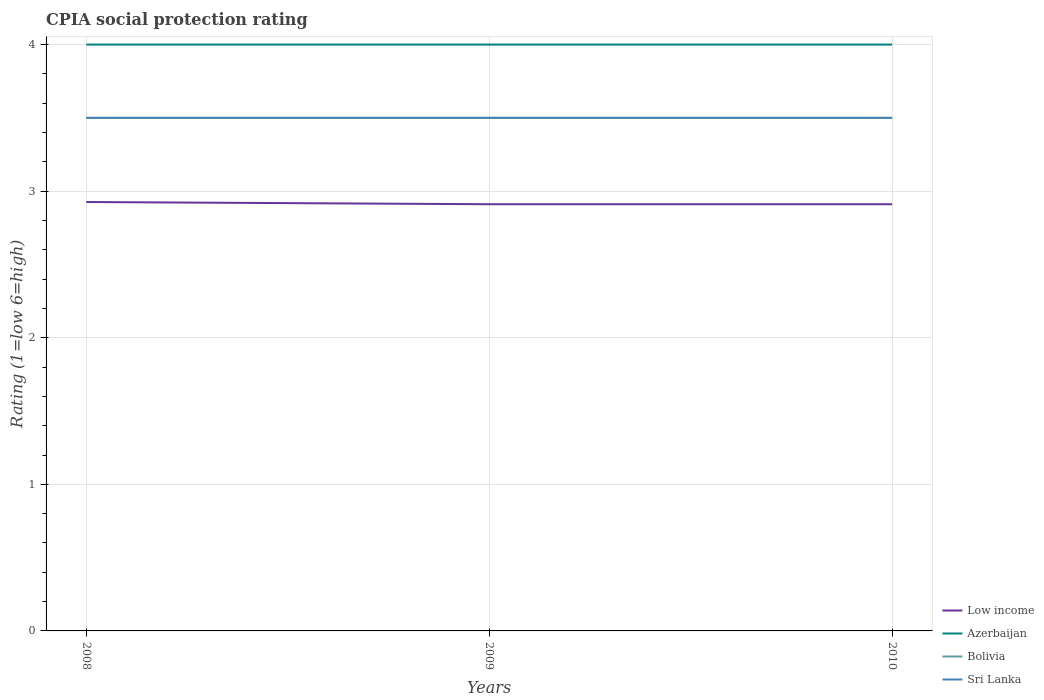
| Years | Low income | Azerbaijan | Bolivia | Sri Lanka |
 | --- | --- | --- | --- | --- |
 | 2008 | 2.93 | 4 | 3.5 | 3.5 |
 | 2009 | 2.91 | 4 | 3.5 | 3.5 |
 | 2010 | 2.91 | 4 | 3.5 | 3.5 |